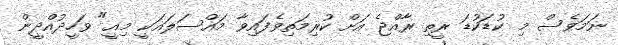
ނަމަވެސް މި ކުޑަކުޑަ ރީތި ރާއްޖެ އަށް ކުރިމަތިވެފައިވާ މައްސަލައަކީ މިއީ" ވަހީދުއްދީން